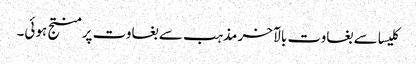
کلیسا سے بغاوت بالآخر مذہب سے بغاوت پر منتج ہوئی۔